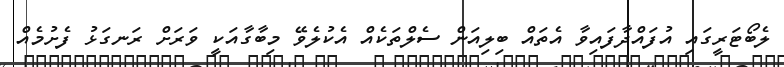
ލެބޯޓަރީގައި އުފައްދާފައިވާ އެތައް ބިލިއަން ސެލްތަކެއް އެކުލެވޭ މިބާގާއަކީ ވަރަށް ރަނގަޅު ފެށުމެއް